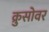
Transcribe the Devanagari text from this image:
क्रुसोवर